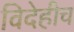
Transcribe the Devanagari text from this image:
विदेहीच